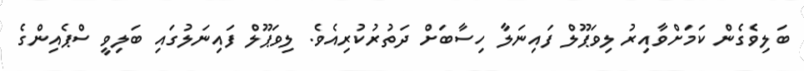
ބަލިވެގެން ކަމަށްވާއިރު ލިވަޕޫލް ފައިނަލާ ހިސާބަށް ދަތުރުކުރިއެވެ. ލިވަޕޫލް ފައިނަލުގައި ބަލިވީ ސްޕެއިންގެ